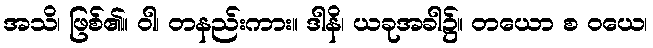
အသိ၊ ဖြစ်၏။ ဝါ၊ တနည်းကား။ ဒါနိ၊ ယခုအခါ၌။ တယော စ ဝယေ၊